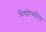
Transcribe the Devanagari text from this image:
नियोरियलिस्ट